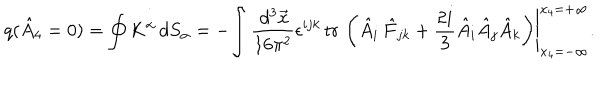
q ( \hat { A } _ { 4 } = 0 ) = \oint K ^ { \alpha } \, d S _ { \alpha } = - \left. \int \frac { \, d ^ { 3 } \vec { x } } { 1 6 \pi ^ { 2 } } \epsilon ^ { i j k } \, \mathrm { t r \, } \left( \hat { A } _ { i } \, \hat { F } _ { j k } + \frac { 2 i } 3 \hat { A } _ { i } \hat { A } _ { j } \hat { A } _ { k } \right) \right| _ { x _ { 4 } = - \infty } ^ { x _ { 4 } = + \infty } .